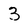
Character: 3